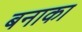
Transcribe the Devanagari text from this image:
बनाका